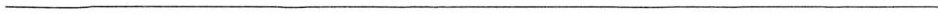
___